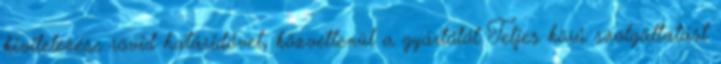
kivitelezése rövid határidővel, közvetlenül a gyártótól Teljes körű szolgáltatást